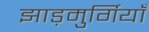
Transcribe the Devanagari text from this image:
झाड़मुर्गियाँ